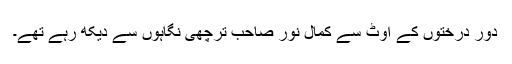
دور درختوں کے اوٹ سے کمال نور صاحب ترچھی نگاہوں سے دیکھ رہے تھے۔